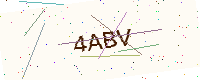
Text: 4ABV